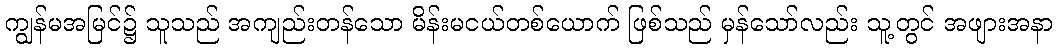
ကျွန်မအမြင်၌ သူသည် အကျည်းတန်သော မိန်းမငယ်တစ်ယောက် ဖြစ်သည် မှန်သော်လည်း သူ့တွင် အဖျားအနာ